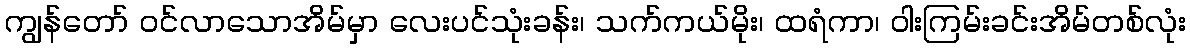
ကျွန်တော် ဝင်လာသောအိမ်မှာ လေးပင်သုံးခန်း၊ သက်ကယ်မိုး၊ ထရံကာ၊ ဝါးကြမ်းခင်းအိမ်တစ်လုံး